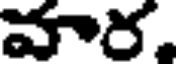
వార.